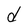
Character: d